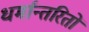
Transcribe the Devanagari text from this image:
धर्मान्तरितों